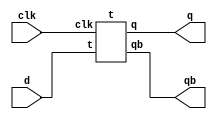
`timescale 1ns / 1ps
//////////////////////////////////////////////////////////////////////////////////
// Company: 
// Engineer: 
// 
// Design Name: 
// Module Name:    ttod 
// Project Name: 
// Target Devices: 
// Tool versions: 
// Description: 
//
// Dependencies: 
//
// Revision: 
// Revision 0.01 - File Created
// Additional Comments: 
//
//////////////////////////////////////////////////////////////////////////////////
module ttod(
    input d,
    output q,
    output qb,
    input clk
    );
	 t t1(d,q,qb,clk);
	 assign t=q^d;
endmodule
module t(input t,output reg q,output reg qb,input clk);
initial begin q=0;qb=1; end
always @(posedge clk)
begin
casex({t})
1'b0 : begin q=0;qb=1;end
1'b1 : begin q=1;qb=0;end 
endcase
end 
endmodule